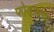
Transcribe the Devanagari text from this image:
फोडायचा